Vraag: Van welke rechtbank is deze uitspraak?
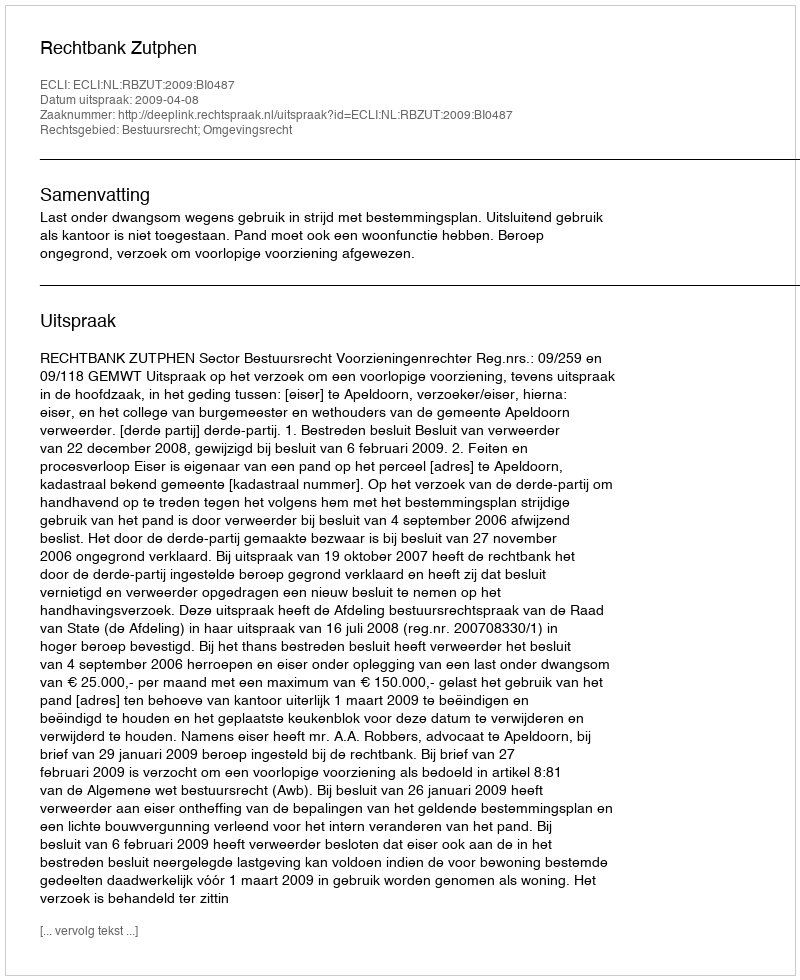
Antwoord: Rechtbank Zutphen